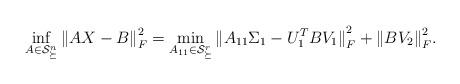
LaTeX: \begin{align*}\inf_{A\in \mathcal S_{\succeq}^n}{\|AX-B\|}_F^2=\min_{A_{11}\in \mathcal S_{\succeq}^r}{\| A_{11} \Sigma_1-U_1^TBV_1\|}_F^2+{\|BV_2\|}_F^2.\end{align*}